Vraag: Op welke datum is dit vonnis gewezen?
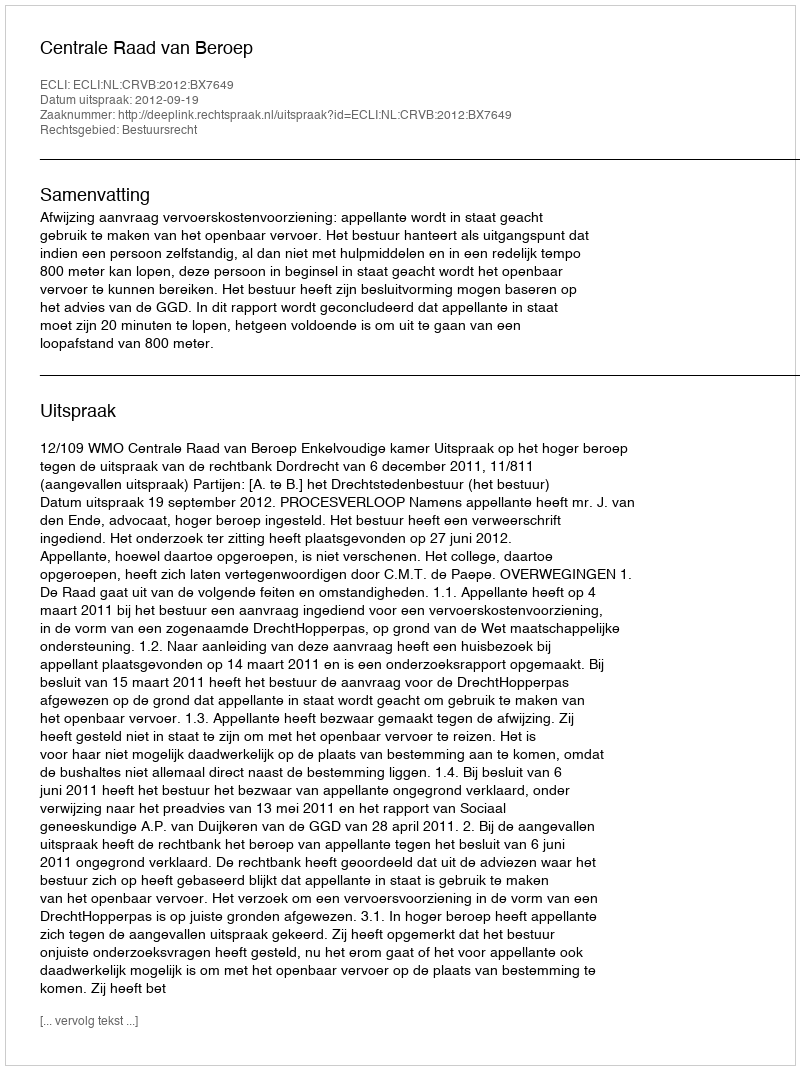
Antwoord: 2012-09-19